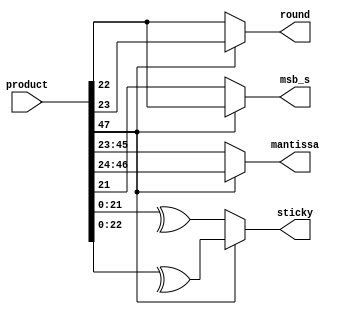
module round_sticky(product, round, sticky, msb_s, mantissa);
    parameter N = 64, M = 23;
    
    input [N-1:0] product;
    output reg round, sticky, msb_s;
    output reg [M-1:0] mantissa;
    
    always @(product)
        if(product[47] == 0) begin
            mantissa <= product[45:23]; 
            round <= product[22];
            sticky <= ^product[21:0]; 
            msb_s <= product[21]; end
         else begin
            mantissa <= product[46:24];
            round <= product[23]; 
            sticky <= ^product[22:0];
            msb_s <= product[22]; end
    
endmodule